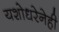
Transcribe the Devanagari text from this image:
यशोधरेनेही